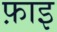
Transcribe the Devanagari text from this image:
फ़ाइ